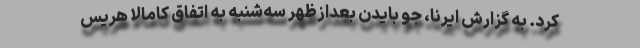
کرد. به گزارش ایرنا، جو بایدن بعدازظهر سه‌شنبه به اتفاق کامالا هریس